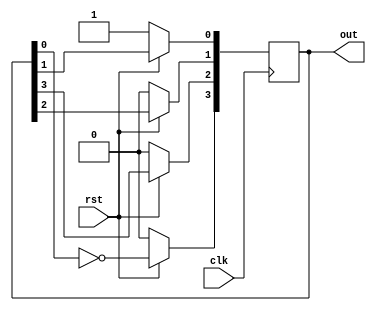
`timescale 1ns / 1ps
//////////////////////////////////////////////////////////////////////////////////
// Company: 
// Engineer: 
// 
// Design Name: 
// Module Name: Johnson_Counter
// Project Name: 
// Target Devices: 
// Tool Versions: 
// Description: 
// 
// Dependencies: 
// 
// Revision:
// Revision 0.01 - File Created
// Additional Comments:
// 
//////////////////////////////////////////////////////////////////////////////////


module Johnson_Counter(clk, out, rst);
    parameter WIDTH = 4;
    input clk, rst;
    output reg [WIDTH - 1:0] out;
    integer i;
    always @ (posedge clk)
    begin
        if (!rst)
        begin
            out <= 1;
        end
        else
        begin
            out[WIDTH - 1] <= ~out[0];
            for (i = 0; i < WIDTH - 1; i = i + 1)
            begin
                out[i] <= out[i + 1];
            end
        end
    end
endmodule